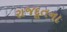
રાજદૂતના